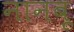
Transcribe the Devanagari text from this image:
नानबू